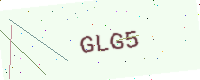
Text: GLG5